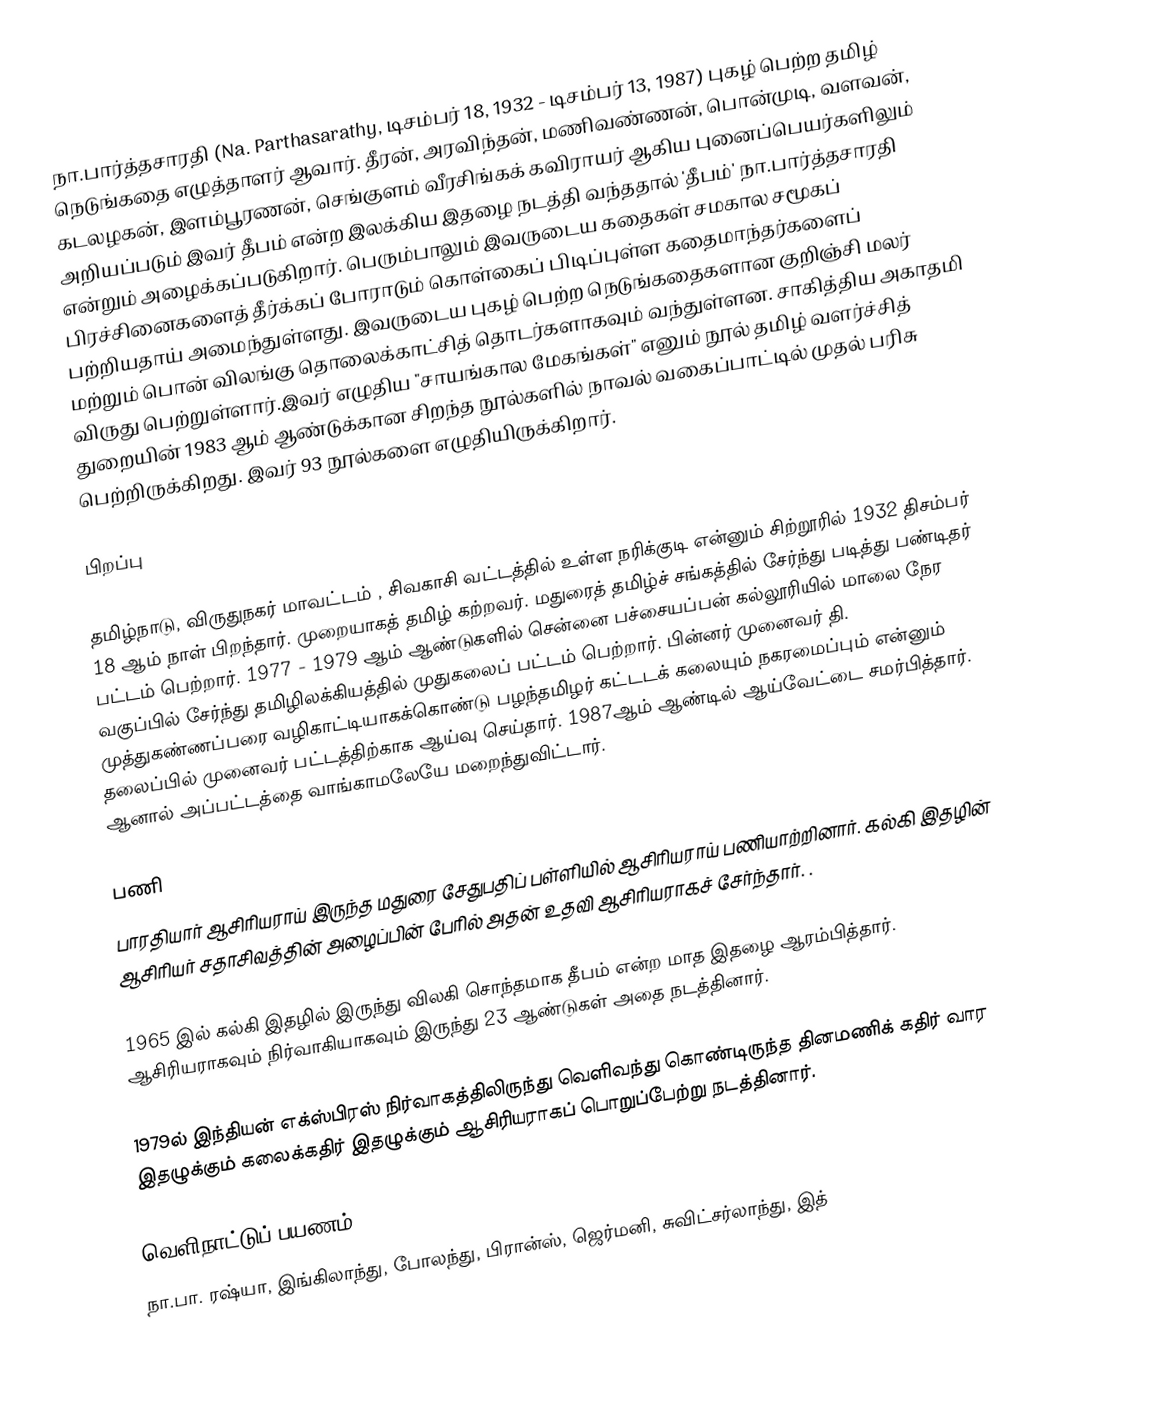
நா.பார்த்தசாரதி (Na. Parthasarathy, டிசம்பர் 18, 1932 - டிசம்பர் 13, 1987) புகழ் பெற்ற தமிழ் நெடுங்கதை எழுத்தாளர் ஆவார். தீரன், அரவிந்தன், மணிவண்ணன், பொன்முடி, வளவன், கடலழகன், இளம்பூரணன், செங்குளம் வீரசிங்கக் கவிராயர் ஆகிய புனைப்பெயர்களிலும் அறியப்படும் இவர் தீபம் என்ற இலக்கிய இதழை நடத்தி வந்ததால் 'தீபம்' நா.பார்த்தசாரதி என்றும் அழைக்கப்படுகிறார். பெரும்பாலும்  இவருடைய கதைகள் சமகால சமூகப் பிரச்சினைகளைத் தீர்க்கப் போராடும் கொள்கைப் பிடிப்புள்ள கதைமாந்தர்களைப் பற்றியதாய் அமைந்துள்ளது. இவருடைய புகழ் பெற்ற நெடுங்கதைகளான குறிஞ்சி மலர் மற்றும் பொன் விலங்கு தொலைக்காட்சித் தொடர்களாகவும் வந்துள்ளன. சாகித்திய அகாதமி விருது பெற்றுள்ளார்.இவர் எழுதிய  "சாயங்கால மேகங்கள்" எனும் நூல் தமிழ் வளர்ச்சித் துறையின்  1983 ஆம் ஆண்டுக்கான சிறந்த நூல்களில் நாவல் வகைப்பாட்டில் முதல் பரிசு பெற்றிருக்கிறது. இவர் 93 நூல்களை எழுதியிருக்கிறார்.

பிறப்பு

தமிழ்நாடு, விருதுநகர் மாவட்டம் , சிவகாசி வட்டத்தில் உள்ள நரிக்குடி என்னும் சிற்றூரில் 1932 திசம்பர் 18 ஆம் நாள் பிறந்தார்.  முறையாகத் தமிழ் கற்றவர். மதுரைத் தமிழ்ச் சங்கத்தில் சேர்ந்து படித்து பண்டிதர் பட்டம் பெற்றார். 1977 - 1979 ஆம் ஆண்டுகளில் சென்னை பச்சையப்பன் கல்லூரியில் மாலை நேர வகுப்பில் சேர்ந்து தமிழிலக்கியத்தில் முதுகலைப் பட்டம் பெற்றார். பின்னர் முனைவர் தி. முத்துகண்ணப்பரை வழிகாட்டியாகக்கொண்டு பழந்தமிழர் கட்டடக் கலையும் நகரமைப்பும் என்னும் தலைப்பில் முனைவர் பட்டத்திற்காக ஆய்வு செய்தார். 1987ஆம் ஆண்டில் ஆய்வேட்டை சமர்பித்தார். ஆனால் அப்பட்டத்தை வாங்காமலேயே மறைந்துவிட்டார்.

பணி
பாரதியார் ஆசிரியராய் இருந்த மதுரை சேதுபதிப் பள்ளியில் ஆசிரியராய் பணியாற்றினார். கல்கி இதழின் ஆசிரியர் சதாசிவத்தின் அழைப்பின் பேரில் அதன் உதவி ஆசிரியராகச் சேர்ந்தார்.  .

1965 இல் கல்கி இதழில் இருந்து விலகி சொந்தமாக தீபம் என்ற மாத இதழை ஆரம்பித்தார். ஆசிரியராகவும் நிர்வாகியாகவும் இருந்து 23 ஆண்டுகள் அதை நடத்தினார்.

1979ல் இந்தியன் எக்ஸ்பிரஸ் நிர்வாகத்திலிருந்து வெளிவந்து கொண்டிருந்த தினமணிக் கதிர் வார இதழுக்கும் கலைக்கதிர் இதழுக்கும் ஆசிரியராகப் பொறுப்பேற்று நடத்தினார்.

வெளிநாட்டுப் பயணம்
நா.பா. ரஷ்யா, இங்கிலாந்து, போலந்து, பிரான்ஸ், ஜெர்மனி, சுவிட்சர்லாந்து, இத்